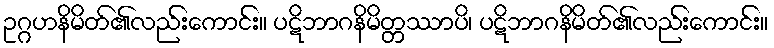
ဥဂ္ဂဟနိမိတ်၏လည်းကောင်း။ ပဋိဘာဂနိမိတ္တဿာပိ၊ ပဋိဘာဂနိမိတ်၏လည်းကောင်း။